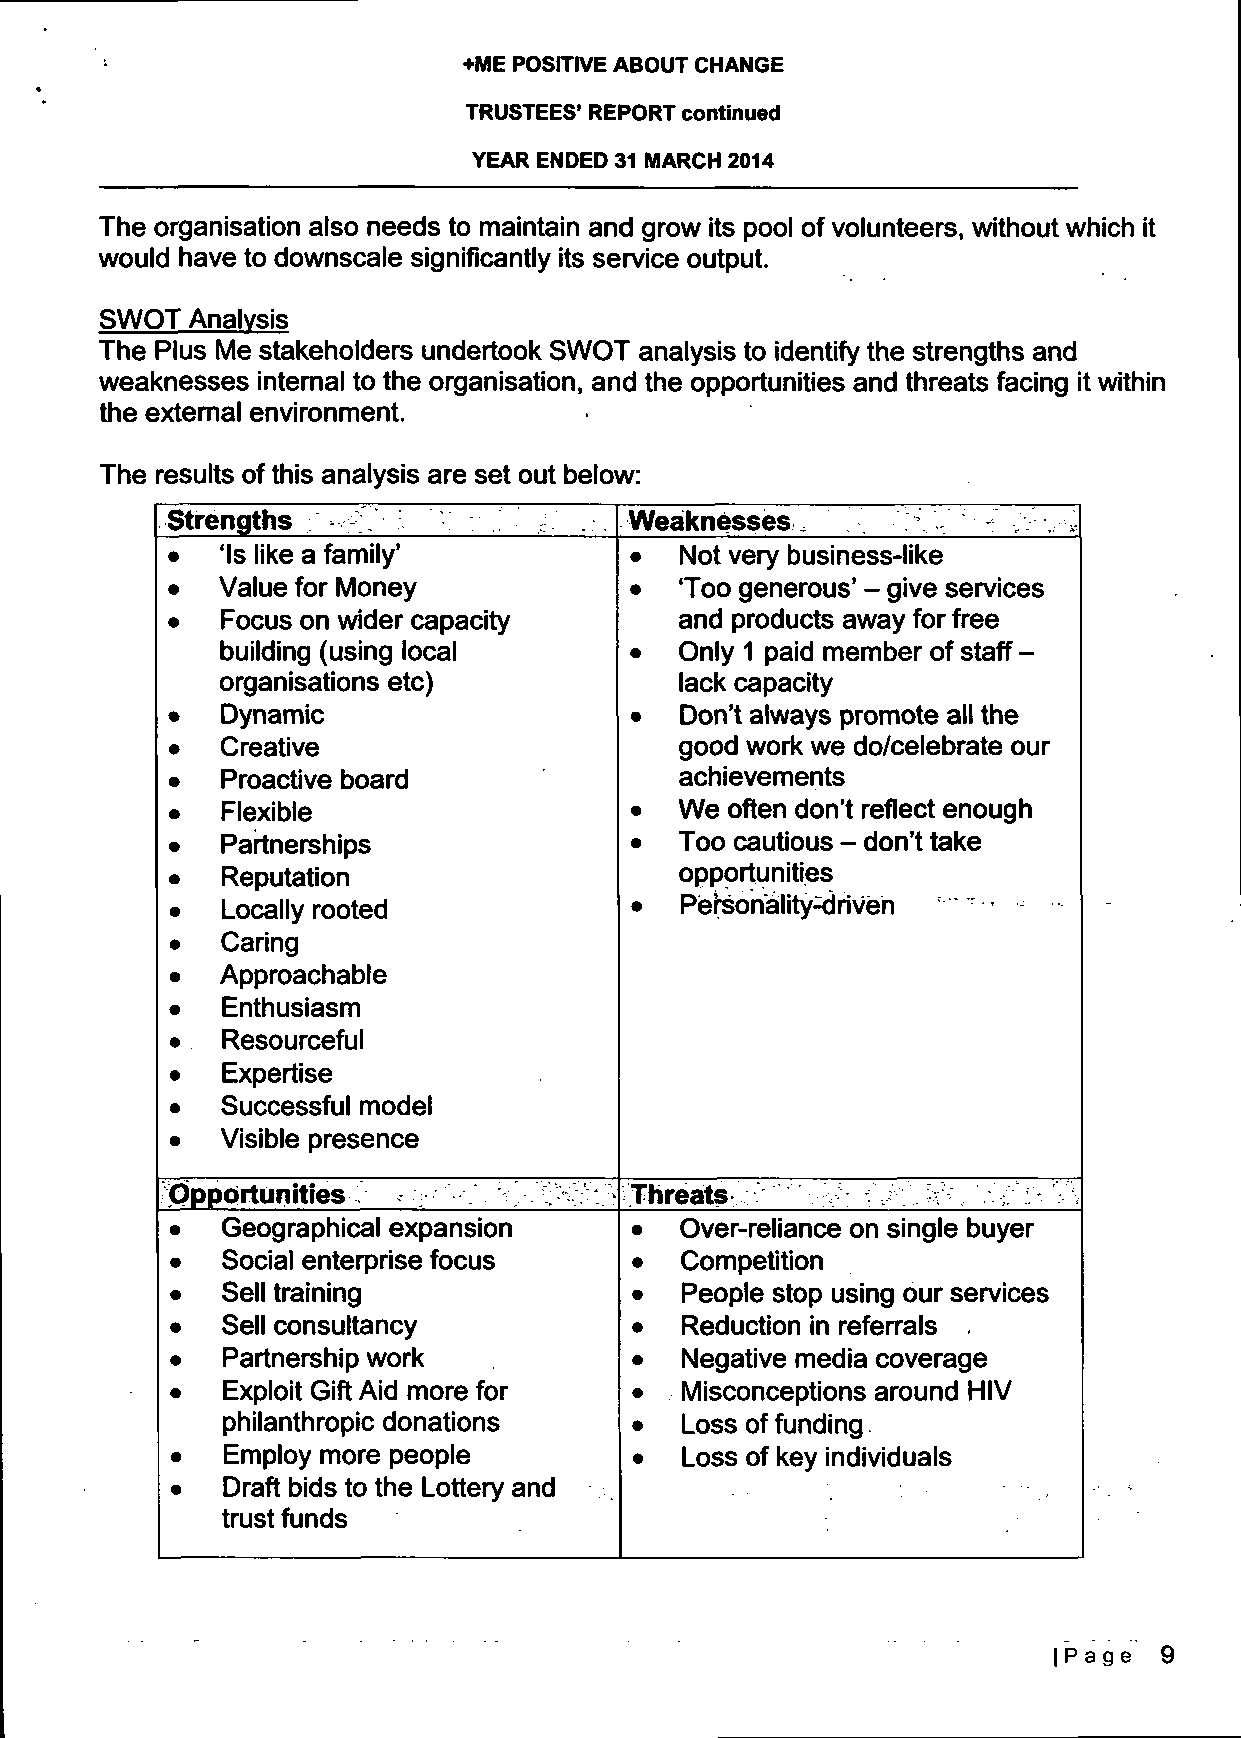
+ME POSITIVE ABOUT CHANGE
 TRUSTEES' REPORT continued
 YEAR ENDED 31 MARCH 2014
 The organisation also needs to maintain and grow its pool of volunteers, without which it
 would have to downscale significantly its service output.
 SWOT  Analysis
 The Plus Me stakeholders undertook SWOT analysis to identify the strengths and
 weaknesses internal to the organisation, and the opportunities and threats facing it within
 the external environment.
 The results of this analysis are set out below:
 Strengths                      Weaknesses,
 •   'Is like a family'         •  Not very business-like
 •   Value for Money            •  'Too generous' - give services
 •   Focus on wider capacity       and products away for free
 building (using local      •  Only 1 paid member of staff -
 organisations etc)            lack capacity
 •   Dynamic                    •  Don't always promote all the
 •   Creative                      good work we do/celebrate our
 •   Proactive board               achievements
 •   Flexible                   •  We often don't reflect enough
 •   Partnerships               •  Too cautious - don't take
 •   Reputation                    opportunities
 •   Locally rooted             •  Personality-driven
 •   Caring
 •   Approachable
 •   Enthusiasm
 •   Resourceful
 •   Expertise
 •   Successful model
 •   Visible presence
 Opportunities                  Threats
 •   Geographical expansion     •  Over-reliance on single buyer
 •   Social enterprise focus    •  Competition
 •   Sell training              •  People stop using our services
 •   Sell consultancy           •  Reduction in referrals
 •   Partnership work           •  Negative media coverage
 •   Exploit Gift Aid more for  •  Misconceptions around HIV
 philanthropic donations    •  Loss of funding
 •   Employ more people         •  Loss of key individuals
 •   Draft bids to the Lottery and
 trust funds
 | P a g e 9